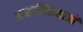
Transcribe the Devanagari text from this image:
आशानिराशाओं